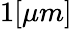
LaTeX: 1[\mu m]